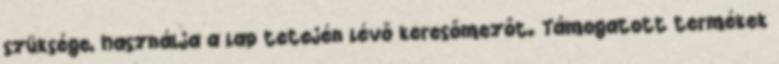
szüksége, használja a lap tetején lévő keresőmezőt. Támogatott termékek